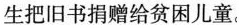
生把旧书捐赠给贫困儿童.